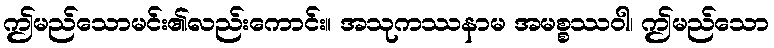
ဤမည်သောမင်း၏လည်းကောင်း။ အသုကဿနာမ အမစ္စဿဝါ၊ ဤမည်သော